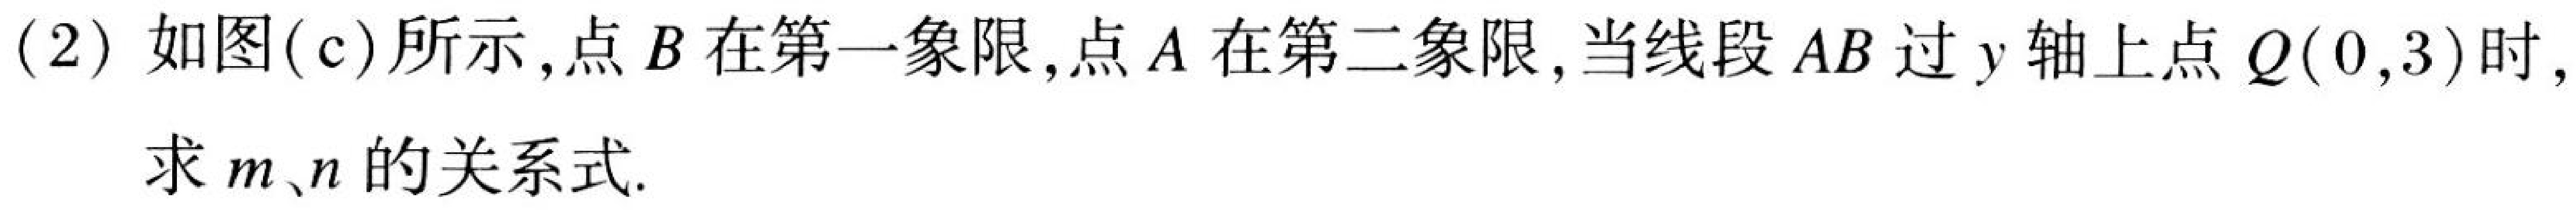
(2) 如图(c)所示,点\(B\)在第一象限,点\(A\)在第二象限,当线段\(AB\)过\(y\)轴上点\(Q(0,3)\)时,
求\(m、n\)的关系式.